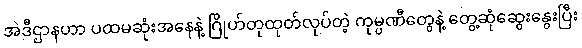
အဲဒီဌာနဟာ ပထမဆုံးအနေနဲ့ ဂြိုဟ်တုထုတ်လုပ်တဲ့ ကုမ္ပဏီတွေနဲ့ တွေ့ဆုံဆွေးနွေးပြီး